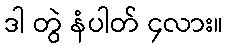
ဒါ တွဲ နံပါတ် ၄လား။